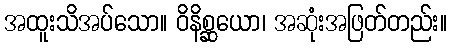
အထူးသိအပ်သော။ ဝိနိစ္ဆယော၊ အဆုံးအဖြတ်တည်း။